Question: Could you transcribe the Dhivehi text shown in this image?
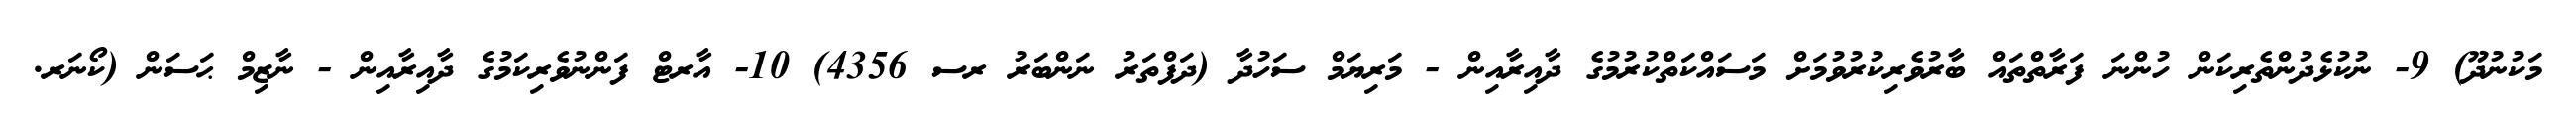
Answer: މަކުނުދޫ) 9- ނުކުޅެދުންތެރިކަން ހުންނަ ފަރާތްތައް ބާރުވެރިކުރުވުމަށް މަސައްކަތްކުރުމުގެ ދާއިރާއިން - މަރިޔަމް ސަހުދާ (ދަފްތަރު ނަންބަރު ރސ 4356) 10- އާރޓް ފަންނުވެރިކަމުގެ ދާއިރާއިން - ނާޒިމް ޙަސަން (ކޯނަރ.